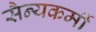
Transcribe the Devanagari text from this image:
सैन्यकर्मी